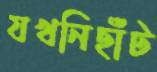
যখনিছাঁট